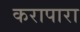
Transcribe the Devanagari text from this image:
करापारा